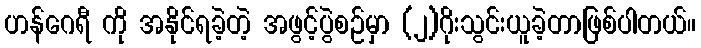
ဟန်ဂေရီ ကို အနိုင်ရခဲ့တဲ့ အဖွင့်ပွဲစဉ်မှာ (၂)ဂိုးသွင်းယူခဲ့တာဖြစ်ပါတယ်။